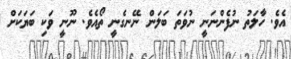
އެވެ. ހާލަތު ނުފެންނަނީ ނުވަތަ ބަލަން ނޭނގެނީ ތޯއެވެ. ނޫނީ ވަކި ބަޔަކަށް